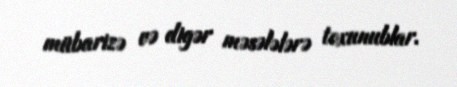
mübarizə və digər məsələlərə toxunublar.